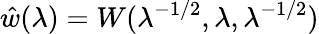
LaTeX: \hat{w}(\lambda)=W(\lambda^{-1/2},\lambda,\lambda^{-1/2})